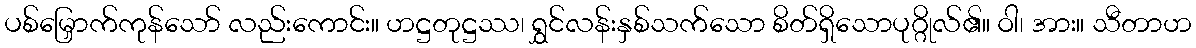
ပစ်မြှောက်ကုန်သော် လည်းကောင်း။ ဟဋ္ဌတုဋ္ဌဿ၊ ရွှင်လန်းနှစ်သက်သော စိတ်ရှိသောပုဂ္ဂိုလ်၏။ ဝါ၊ အား။ သီတာဟ